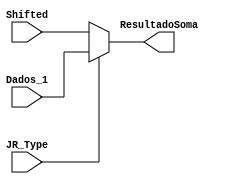
module ADD(JR_Type,Dados_1,Shifted,ResultadoSoma);
	input [31:0] Shifted,Dados_1;
	output reg [31:0] ResultadoSoma;
	input JR_Type;
	
	//assign ResultadoSoma = Shifted + OutADD;
	//assign ResultadoSoma = Shifted;
	always@(JR_Type or Shifted or Dados_1)
	begin
		if(JR_Type == 1'B0)
		begin
			ResultadoSoma <= Shifted;
		end
			else
			begin
				ResultadoSoma <= Dados_1;
			end
	end

endmodule